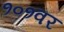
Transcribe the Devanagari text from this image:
१०१वर